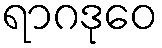
ရာဂဒုဝေ